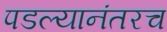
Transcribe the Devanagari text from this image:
पडल्यानंतरच